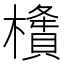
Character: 㯯